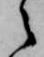
之